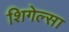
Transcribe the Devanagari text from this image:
शिगेल्सा